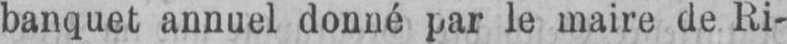
banquet annuel donné par le maire de Ri-